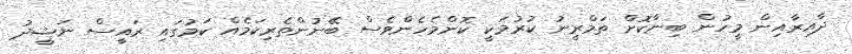
ދާއިރާއިން މީހުން ބިނާކޮށް ތަމްރީނު ކުރުމަކީ ކޮންމެހެންވެސް ބޭނުންތެރިކަމެއް ކަމުގައި ރައީސް ނަޝީދު